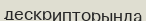
дескрипторында